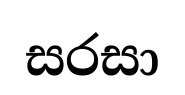
සරසා